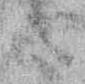
候